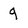
Character: 9